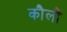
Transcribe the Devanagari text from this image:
कौलौं